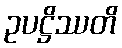
ဥပဋ္ဌိဿတိ